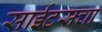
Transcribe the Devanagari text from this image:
साईटसचा